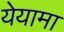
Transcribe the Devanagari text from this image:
येयामा